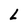
Character: L